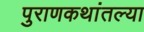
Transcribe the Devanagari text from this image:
पुराणकथांतल्या